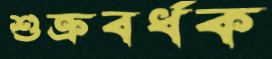
শুক্রবর্ধক